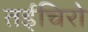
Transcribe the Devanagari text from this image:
तईचिरो